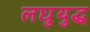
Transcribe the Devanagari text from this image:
लघुयुद्ध